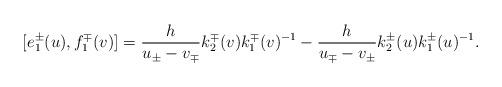
LaTeX: \begin{align*}[e_{1}^{\pm}(u),f_{1}^{\mp}(v)]=\frac{h}{u_{\pm}-v_{\mp}}k_{2}^{\mp}(v)k_{1}^{\mp}(v)^{-1}-\frac{h}{u_{\mp}-v_{\pm}}k_{2}^{\pm}(u)k_{1}^{\pm}(u)^{-1}.\end{align*}